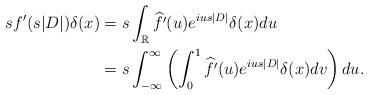
LaTeX: \begin{align*} sf'(s|D|)\delta(x) &= s\int_{\mathbb{R}}\widehat{f'}(u)e^{ius|D|}\delta(x)du\\ &= s\int_{-\infty}^{\infty}\left(\int_0^1\widehat{f'}(u)e^{ius|D|}\delta(x)dv\right)du. \end{align*}